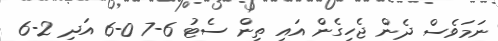
ނަމަވެސް ދެން ޖެހިގެން އައި ތިން ސެޓު 6-7 0-6 އަދި 2-6